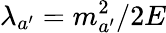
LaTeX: \lambda_{a^{\prime}}=m_{a^{\prime}}^{2}/2E